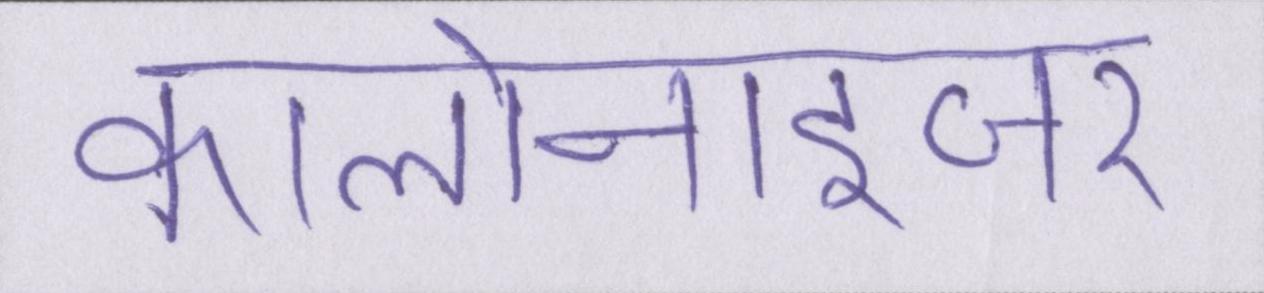
कालोनाइजर